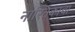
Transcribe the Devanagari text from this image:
नास्तिकाचा